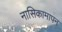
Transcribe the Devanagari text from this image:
नासिकामापन